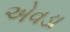
એવડા